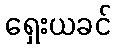
ရှေးယခင်